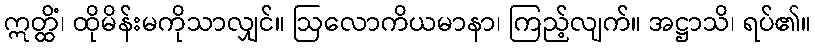
ဣတ္ထိံ၊ ထိုမိန်းမကိုသာလျှင်။ ဩလောကိယမာနာ၊ ကြည့်လျက်။ အဋ္ဌာသိ၊ ရပ်၏။